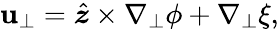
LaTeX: \boldsymbol{\mathbf{u}}_{\perp}=\hat{{\boldsymbol{z}}}\times\nabla_{\perp}\phi+\nabla_{\perp}\xi,